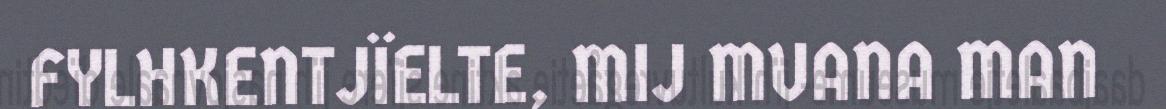
FYLHKENTJÏELTE, MIJ MUANA MAN